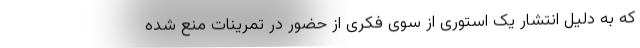
که به دلیل انتشار یک استوری از سوی فکری از حضور در تمرینات منع شده